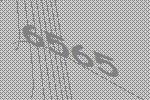
6565